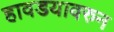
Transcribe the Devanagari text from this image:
हावडयावरुन